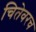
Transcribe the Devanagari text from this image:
चितेवरच